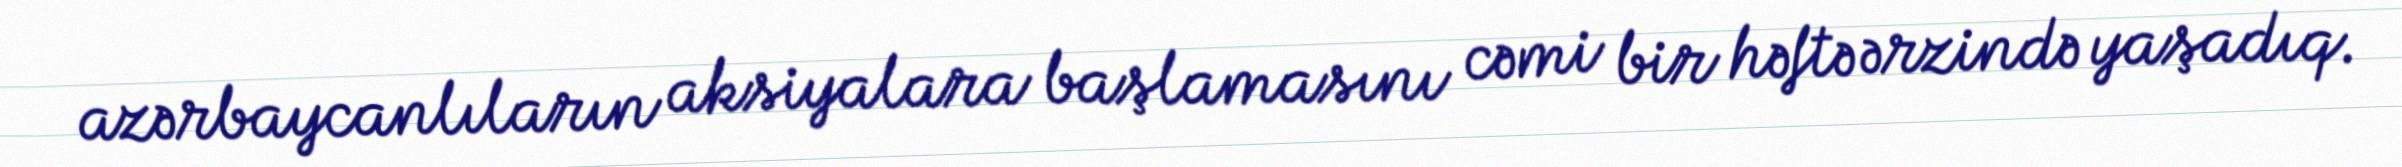
azərbaycanlıların aksiyalara başlamasını cəmi bir həftə ərzində yaşadıq.